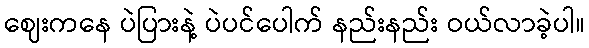
ဈေးကနေ ပဲပြားနဲ့ ပဲပင်ပေါက် နည်းနည်း ဝယ်လာခဲ့ပါ။